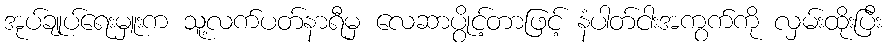
အုပ်ချုပ်ရေးမှူးက သူ့လက်ပတ်နာရီမှ လေဆာပွိုင့်တာဖြင့် နံပါတ်ငါးအကွက်ကို လှမ်းထိုးပြီး